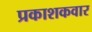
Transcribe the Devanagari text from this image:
प्रकाशकवार